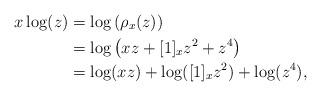
LaTeX: \begin{align*}x\log(z) &= \log\left(\rho_x(z)\right)\\&=\log\left(xz+[1]_xz^2+z^4\right)\\&=\log(xz)+\log([1]_xz^2)+\log(z^4),\end{align*}